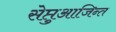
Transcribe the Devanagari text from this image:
सेप्तुआजिन्त